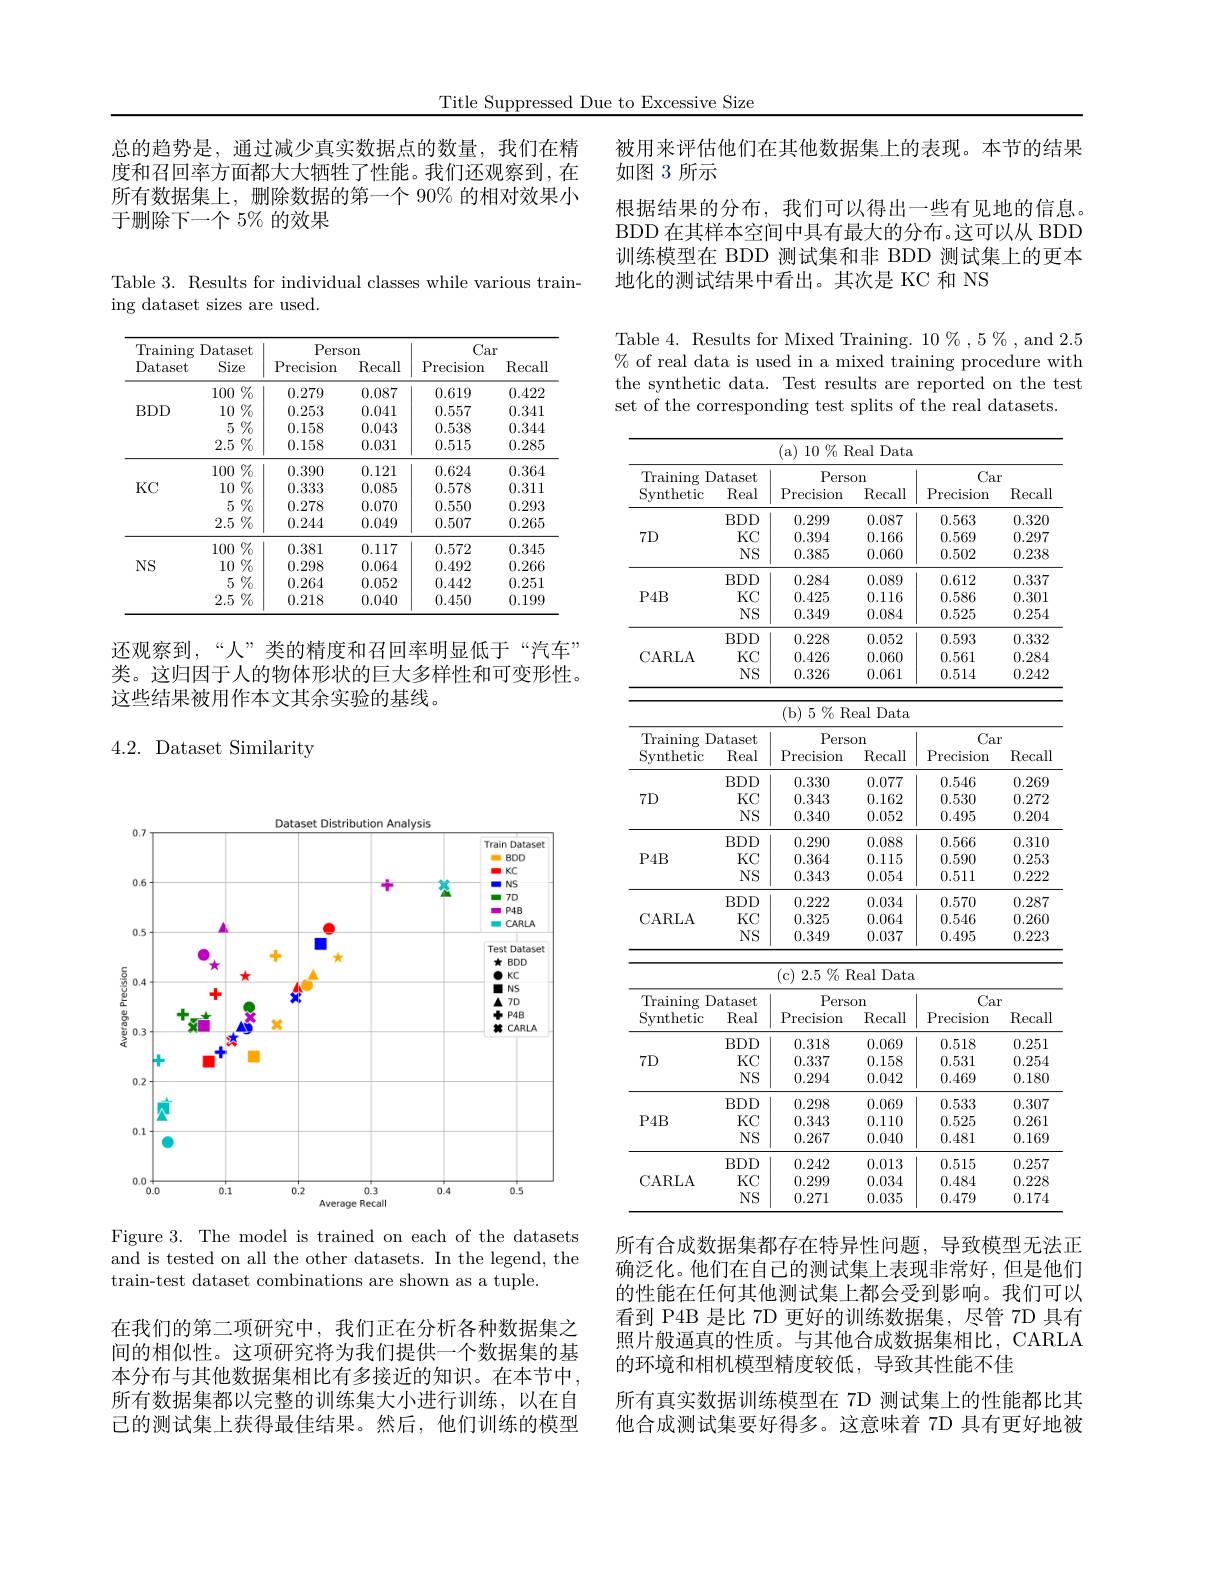
Title Suppressed Due to Excessive Size

总的趋势是，通过减少真实数据点的数量，我们在精度和召回率方面都大大牺牲了性能。我们还观察到，在所有数据集上，删除数据的第一个 90% 的相对效果小于删除下一个$5\%$的效果

Table 3. Results for individual classes while various train-
ing dataset sizes are used.

<table>
	<tbody>
		<tr>
			<th rowspan="2">$\operatorname{Training}$ Dataset</th>
			<th rowspan="2">Datase Size</th>
			<th>1 $st$</th>
			<th colspan="2">Person</th>
			<th colspan="2">Car</th>
		</tr>
		<tr>
			<th>I $\frac{5}{2}$</th>
			<th>Precision</th>
			<th>Recall</th>
			<th>Precision</th>
			<th>Recal</th>
		</tr>
		<tr>
			<td rowspan="4">$BDD$</td>
			<td>100</td>
			<td>$\%$ 1</td>
			<td>0.279</td>
			<td>0.087</td>
			<td>0.619</td>
			<td>0.422</td>
		</tr>
		<tr>
			<td>10</td>
			<td>$\%$</td>
			<td>0.253</td>
			<td>0.041</td>
			<td>0.557</td>
			<td>0.341</td>
		</tr>
		<tr>
			<td>5</td>
			<td>$\%$</td>
			<td>0.158</td>
			<td>0.043</td>
			<td>0.538</td>
			<td>0.344</td>
		</tr>
		<tr>
			<td>2.5</td>
			<td>$\%$</td>
			<td>0.158</td>
			<td>0.031</td>
			<td>0.515</td>
			<td>0.285</td>
		</tr>
		<tr>
			<td rowspan="4">$KC$</td>
			<td>100</td>
			<td>$\%$ 1</td>
			<td>0.390</td>
			<td>0.121</td>
			<td>0.624</td>
			<td>0.364</td>
		</tr>
		<tr>
			<td>10</td>
			<td>$\%$</td>
			<td>0.333</td>
			<td>0.085</td>
			<td>0.578</td>
			<td>0.311</td>
		</tr>
		<tr>
			<td>5</td>
			<td>$\%$</td>
			<td>0.278</td>
			<td>0.070</td>
			<td>0.550</td>
			<td>0.293</td>
		</tr>
		<tr>
			<td>2.5</td>
			<td>$\%$</td>
			<td>0.244</td>
			<td>0.049</td>
			<td>0.507</td>
			<td>0.265</td>
		</tr>
		<tr>
			<td rowspan="4">$NS$</td>
			<td>100</td>
			<td>$\%$ T</td>
			<td>0.381</td>
			<td>0.117</td>
			<td>0.572</td>
			<td>0.345</td>
		</tr>
		<tr>
			<td>10</td>
			<td>$\%$</td>
			<td>0.298</td>
			<td>0.064</td>
			<td>0.492</td>
			<td>0.266</td>
		</tr>
		<tr>
			<td>5</td>
			<td>$\%$</td>
			<td>0.264</td>
			<td>0.052</td>
			<td>0.442</td>
			<td>0.251</td>
		</tr>
		<tr>
			<td>2.5</td>
			<td>$\%$</td>
			<td>0.218</td>
			<td>0.040</td>
			<td>0.450</td>
			<td>0.199</td>
		</tr>
	</tbody>
</table>

还观察到，“人”类的精度和召回率明显低于“汽车” 类。这归因于人的物体形状的巨大多样性和可变形性。这些结果被用作本文其余实验的基线。

## 4.2. Dataset Similarity

被用来评估他们在其他数据集上的表现。本节的结果
如图 3 所示
根据结果的分布，我们可以得出一些有见地的信息。BDD 在其样本空间中具有最大的分布。这可以从 BDD 训练模型在 BDD 测试集和非 BDD 测试集上的更本地化的测试结果中看出。其次是 KC 和 NS

Table 4. Results for Mixed Training. $10\%,5\%$,and 2.5 $\%$ of real data is used in a mixed training procedure with the synthetic data. Test results are reported on the test set of the corresponding test splits of the real datasets.

<table>
	<tbody>
		<tr>
			<th rowspan="2">$\operatorname{Training}$ Synthetic</th>
			<th rowspan="2">Oataset Real</th>
			<th colspan="2">Person</th>
			<th colspan="2">Car</th>
		</tr>
		<tr>
			<th>Precision</th>
			<th>Recall</th>
			<th>Precision</th>
			<th>Recall</th>
		</tr>
		<tr>
			<td rowspan="3">$7D$</td>
			<td>$BDD$</td>
			<td>0.299</td>
			<td>0.087</td>
			<td>0.563</td>
			<td>0.320</td>
		</tr>
		<tr>
			<td>$KC$</td>
			<td>0.394</td>
			<td>0.166</td>
			<td>0.569</td>
			<td>0.297</td>
		</tr>
		<tr>
			<td>$NS$</td>
			<td>0.385</td>
			<td>0.060</td>
			<td>0.502</td>
			<td>0.238</td>
		</tr>
		<tr>
			<td rowspan="3">$P4B$</td>
			<td>$BDD$</td>
			<td>0.284</td>
			<td>0.089</td>
			<td>0.612</td>
			<td>0.337</td>
		</tr>
		<tr>
			<td>$KC$</td>
			<td>0.425</td>
			<td>0.116</td>
			<td>0.586</td>
			<td>0.301</td>
		</tr>
		<tr>
			<td>$NS$</td>
			<td>0.349</td>
			<td>0.084</td>
			<td>0.525</td>
			<td>0.254</td>
		</tr>
		<tr>
			<td rowspan="3">CARLA</td>
			<td>$BDD$</td>
			<td>0.228</td>
			<td>0.052</td>
			<td>0.593</td>
			<td>0.332</td>
		</tr>
		<tr>
			<td>$KC$</td>
			<td>0.426</td>
			<td>0.060</td>
			<td>0.561</td>
			<td>0.284</td>
		</tr>
		<tr>
			<td>$NS$</td>
			<td>0.326</td>
			<td>0.061</td>
			<td>0.514</td>
			<td>0.242</td>
		</tr>
	</tbody>
</table>

<table>
	<tbody>
		<tr>
			<th rowspan="2">$\operatorname{Training}$ Synthetic</th>
			<th rowspan="2">Dataset Real</th>
			<th colspan="2">Person</th>
			<th colspan="2">Car</th>
		</tr>
		<tr>
			<th>Precision</th>
			<th>Recall</th>
			<th>Precision</th>
			<th>Recall</th>
		</tr>
		<tr>
			<td rowspan="3">$7D$</td>
			<td>$BDD$</td>
			<td>0.330</td>
			<td>0.077</td>
			<td>0.546</td>
			<td>0.269</td>
		</tr>
		<tr>
			<td>$KC$</td>
			<td>0.343</td>
			<td>0.162</td>
			<td>0.530</td>
			<td>0.272</td>
		</tr>
		<tr>
			<td>$NS$</td>
			<td>0.340</td>
			<td>0.052</td>
			<td>0.495</td>
			<td>0.204</td>
		</tr>
		<tr>
			<td rowspan="3">$P4B$</td>
			<td>$BDD$</td>
			<td>0.290</td>
			<td>0.088</td>
			<td>0.566</td>
			<td>0.310</td>
		</tr>
		<tr>
			<td>$KC$</td>
			<td>0.364</td>
			<td>0.115</td>
			<td>0.590</td>
			<td>0.253</td>
		</tr>
		<tr>
			<td>$NS$</td>
			<td>0.343</td>
			<td>0.054</td>
			<td>0.511</td>
			<td>0.222</td>
		</tr>
		<tr>
			<td rowspan="3">CARLA</td>
			<td>$BDD$</td>
			<td>0.222</td>
			<td>0.034</td>
			<td>0.570</td>
			<td>0.287</td>
		</tr>
		<tr>
			<td>$KC$</td>
			<td>0.325</td>
			<td>0.064</td>
			<td>0.546</td>
			<td>0.260</td>
		</tr>
		<tr>
			<td>$NS$</td>
			<td>0.349</td>
			<td>0.037</td>
			<td>0.495</td>
			<td>0.223</td>
		</tr>
	</tbody>
</table>

<table>
	<tbody>
		<tr>
			<th rowspan="2">$\operatorname{Training}$ Synthetic</th>
			<th rowspan="2">Dataset Real</th>
			<th colspan="2">Person</th>
			<th colspan="2">Car</th>
		</tr>
		<tr>
			<th>Precision</th>
			<th>$\operatorname{Recall}$</th>
			<th>Precision</th>
			<th>Recall</th>
		</tr>
		<tr>
			<td rowspan="3">$7D$</td>
			<td>$BDD$</td>
			<td>0.318</td>
			<td>0.069</td>
			<td>0.518</td>
			<td>0.251</td>
		</tr>
		<tr>
			<td>$KC$</td>
			<td>0.337</td>
			<td>0.158</td>
			<td>0.531</td>
			<td>0.254</td>
		</tr>
		<tr>
			<td>$NS$</td>
			<td>0.294</td>
			<td>0.042</td>
			<td>0.469</td>
			<td>0.180</td>
		</tr>
		<tr>
			<td rowspan="3">$P4B$</td>
			<td>$BDD$</td>
			<td>0.298</td>
			<td>0.069</td>
			<td>0.533</td>
			<td>0.307</td>
		</tr>
		<tr>
			<td>$KC$</td>
			<td>0.343</td>
			<td>0.110</td>
			<td>0.525</td>
			<td>0.261</td>
		</tr>
		<tr>
			<td>$NS$</td>
			<td>0.267</td>
			<td>0.040</td>
			<td>0.481</td>
			<td>0.169</td>
		</tr>
		<tr>
			<td rowspan="3">CARLA</td>
			<td>$BDD$</td>
			<td>0.242</td>
			<td>0.013</td>
			<td>0.515</td>
			<td>0.257</td>
		</tr>
		<tr>
			<td>$KC$</td>
			<td>0.299</td>
			<td>0.034</td>
			<td>0.484</td>
			<td>0.228</td>
		</tr>
		<tr>
			<td>$NS$</td>
			<td>0.271</td>
			<td>0.035</td>
			<td>0.479</td>
			<td>0.174</td>
		</tr>
	</tbody>
</table>

所有合成数据集都存在特异性问题，导致模型无法正确泛化。他们在自己的测试集上表现非常好，但是他们的性能在任何其他测试集上都会受到影响。我们可以看到 P4B 是比 7D 更好的训练数据集，尽管 7D 具有照片般逼真的性质。与其他合成数据集相比，CARLA 的环境和相机模型精度较低，导致其性能不佳
所有真实数据训练模型在 7D 测试集上的性能都比其他合成测试集要好得多。这意味着 7D 具有更好地被

<FigureHere>

Figure 3. The model is trained on each of the datasets and is tested on all the other datasets. In the legend, the train-test dataset combinations are shown as a tuple.

在我们的第二项研究中，我们正在分析各种数据集之间的相似性。这项研究将为我们提供一个数据集的基本分布与其他数据集相比有多接近的知识。在本节中所有数据集都以完整的训练集大小进行训练，以在自已的测试集上获得最佳结果。然后，他们训练的模型